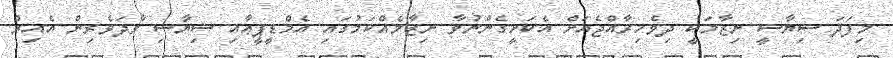
މިފަދަ ސިޔާސީ ނިޒާމަކީ ދިވެހިރާއްޖެއަށް އެކަށީގެންނުވާ ނިޒާމެއްކަމުގައި އެމްޑީޕީޢާއި ސިޔާސި ވާދަވެރިން އެއިރު